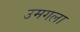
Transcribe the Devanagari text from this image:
उमगला